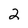
Character: 2